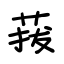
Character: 菝